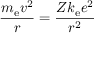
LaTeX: { \frac { m _ { \mathrm { e } } v ^ { 2 } } { r } } = { \frac { Z k _ { \mathrm { e } } e ^ { 2 } } { r ^ { 2 } } }